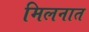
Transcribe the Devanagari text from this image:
मिलनात